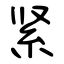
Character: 紧